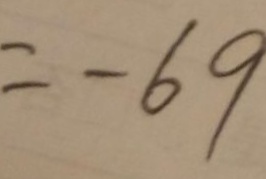
= - 6 9